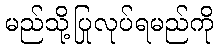
မည်သို့ပြုလုပ်ရမည်ကို